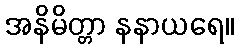
အနိမိတ္တာ နနာယရေ။